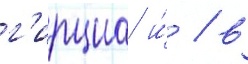
г'ирциа и́ / в